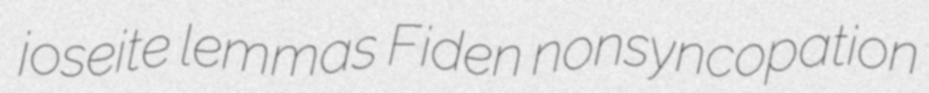
joseite lemmas Fiden nonsyncopation